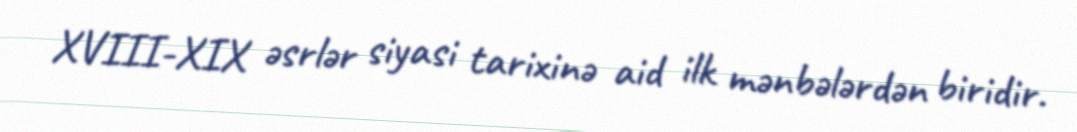
XVIII-XIX əsrlər siyasi tarixinə aid ilk mənbələrdən biridir.